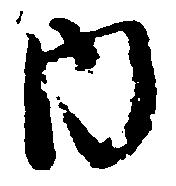
内